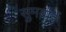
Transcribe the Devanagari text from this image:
सुमब्राई